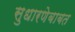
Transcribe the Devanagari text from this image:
सुधारणेबाबत